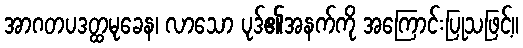
အာဂတပဒတ္ထမုခေန၊ လာသော ပုဒ်၏အနက်ကို အကြောင်းပြုသဖြင့်။